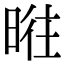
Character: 暀